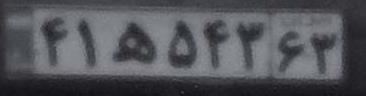
۴۱ه۵۴۳۶۳